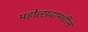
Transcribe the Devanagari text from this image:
महोत्सवामधील